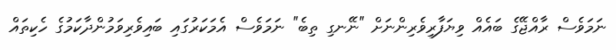
ނަމަވެސް ރާއްޖޭގެ ބައެއް ވިޔަފާރިވެރިންނަށް "ނޭނގި ތިބެ" ނަމަވެސް އެމަކަރުގައި ބައިވެރިވަމުންދާކަމުގެ ހެކިތައް